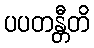
ပပတန္တီတိ